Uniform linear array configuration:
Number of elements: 24
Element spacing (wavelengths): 0.25
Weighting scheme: uniform
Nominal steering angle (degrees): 60
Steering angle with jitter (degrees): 58.174
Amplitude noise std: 0.05
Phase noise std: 0.05

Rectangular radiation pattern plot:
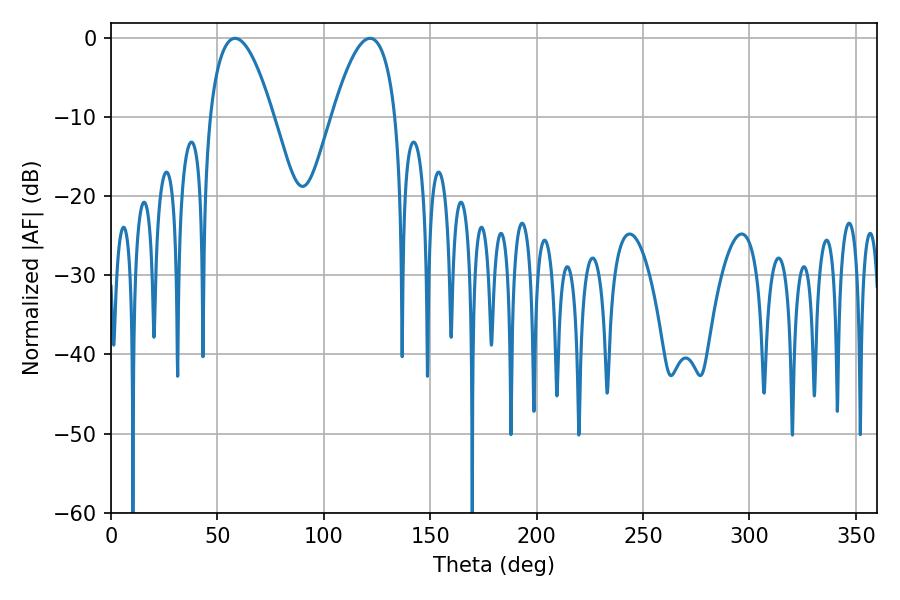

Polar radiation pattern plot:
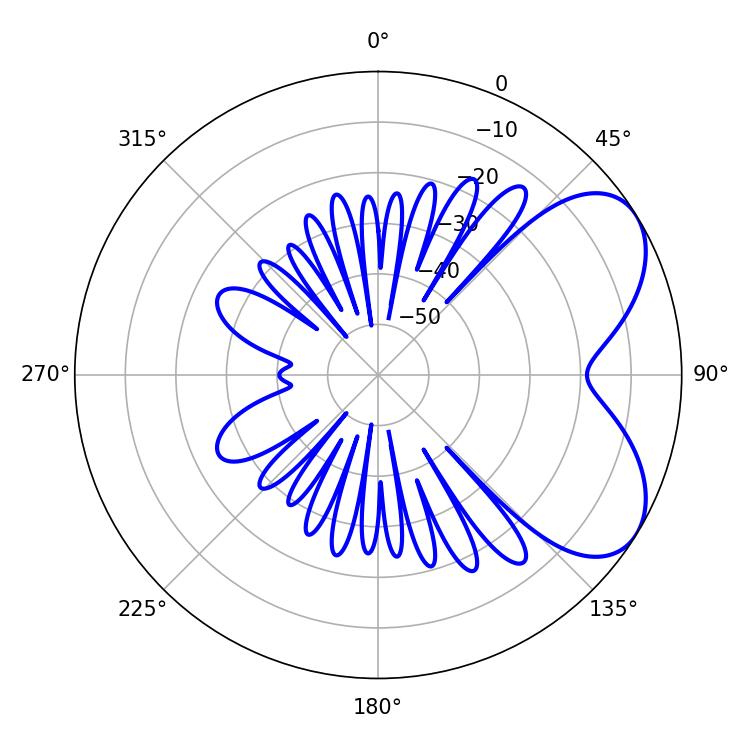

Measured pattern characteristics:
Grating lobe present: FALSE
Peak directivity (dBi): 5.688
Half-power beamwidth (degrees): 16.38
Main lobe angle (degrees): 58.32